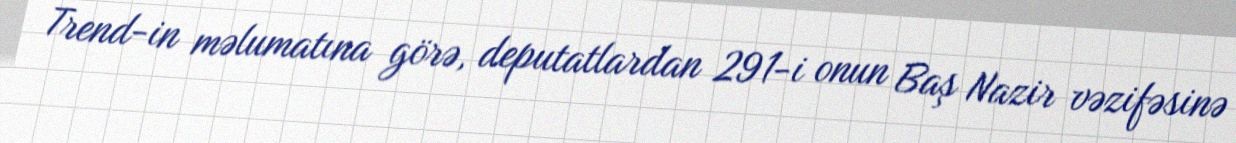
Trend-in məlumatına görə, deputatlardan 291-i onun Baş Nazir vəzifəsinə